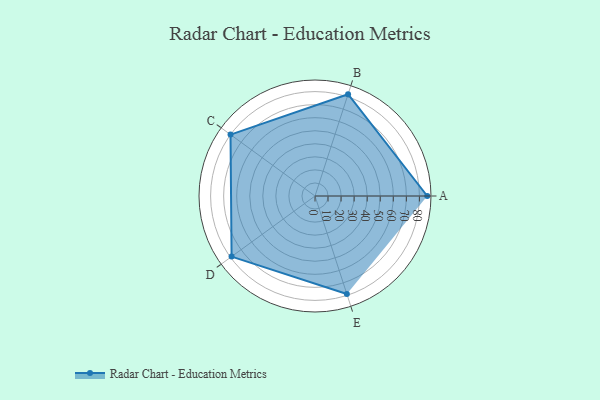
{"axis": {"x": "Skill", "y": "Score"}, "legend": ["Profile"], "data": [{"x": "A", "y": 86.0, "type": "Profile"}, {"x": "B", "y": 82.0, "type": "Profile"}, {"x": "C", "y": 80.0, "type": "Profile"}, {"x": "D", "y": 79.0, "type": "Profile"}, {"x": "E", "y": 79.0, "type": "Profile"}]}